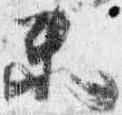
末